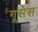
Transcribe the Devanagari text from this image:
गूसेस